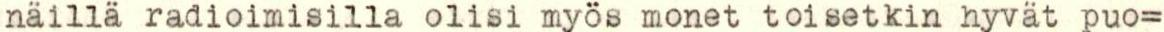
näillä radioimisilla olisi myös monet toisetkin hyvät puo=